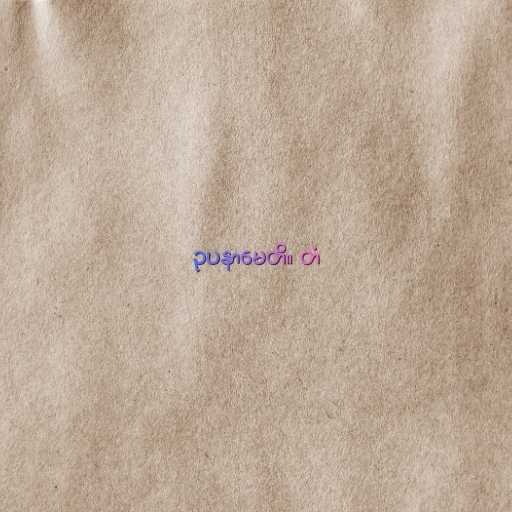
ဥပနာမေတိ။ တံ